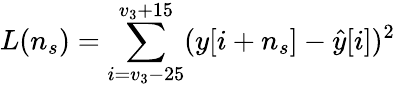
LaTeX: L(n_{s})=\sum_{i=v_{3}-25}^{v_{3}+15}(y[i+n_{s}]-\hat{y}[i])^{2}